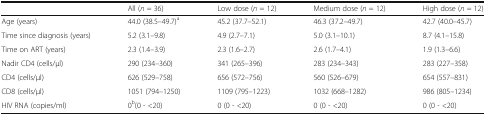
|  | All (n = 36) | Low dose (n = 12) | Medium dose (n = 12) | High dose (n = 12) |
 | --- | --- | --- | --- | --- |
 | Age (years) | 44.0 (38.5–49.7)a | 45.2 (37.7–52.1) | 46.3 (37.2–49.7) | 42.7 (40.0–45.7) |
 | Time since diagnosis (years) | 5.2 (3.1–9.8) | 4.9 (2.7–7.1) | 5.0 (3.1–10.1) | 8.7 (4.1–15.8) |
 | Time on ART (years) | 2.3 (1.4–3.9) | 2.3 (1.6–2.7) | 2.6 (1.7–4.1) | 1.9 (1.3–6.6) |
 | Nadir CD4 (cells/μl) | 290 (234–360) | 341 (265–396) | 283 (234–343) | 283 (227–358) |
 | CD4 (cells/μl) | 626 (529–758) | 656 (572–756) | 560 (526–679) | 654 (557–831) |
 | CD8 (cells/μl) | 1051 (794–1250) | 1109 (795–1223) | 1032 (668–1282) | 986 (805–1234) |
 | HIV RNA (copies/ml) | 0b(0 - <20) | 0 (0 - <20) | 0 (0 - <20) | 0 (0 - <20) |